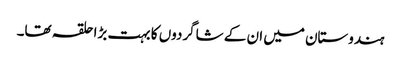
ہندوستان میں ان کے شاگردوں کا بہت بڑا حلقہ تھا۔